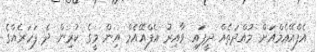
އެފްއޭއެމްއަށް މުއްދަތެއް ދީފައި ވާއިރު އެފްއޭއެމް އިން މީގެ ކުރިން ދެ ފަހަރެއްގެ